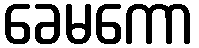
ခေမကော